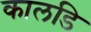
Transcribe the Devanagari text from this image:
कालडि